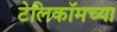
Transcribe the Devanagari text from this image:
टेलिकॉमच्या